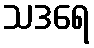
သဒရေ